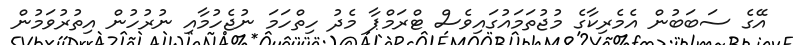
އޭގެ ސަބަބުން އެމެރިކާގެ މުޖުތަމައުގައިވެސް ޓްރަމްޕާ މެދު ހިތްހަމަ ނުޖެހުމާއި ނުރުހުން އިތުރުވަމުން